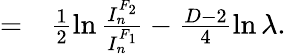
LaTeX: \begin{array}{rl}{=}&{{}\frac{1}{2}\ln\frac{I_{n}^{F_{2}}}{I_{n}^{F_{1}}}-\frac{D-2}{4}\ln\lambda.}\end{array}